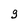
Character: g